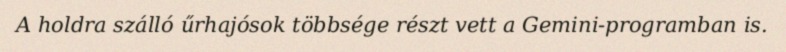
A holdra szálló űrhajósok többsége részt vett a Gemini-programban is.